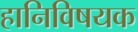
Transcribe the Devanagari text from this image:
हानिविषयक